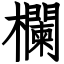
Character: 欄